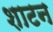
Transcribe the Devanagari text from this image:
शाटन